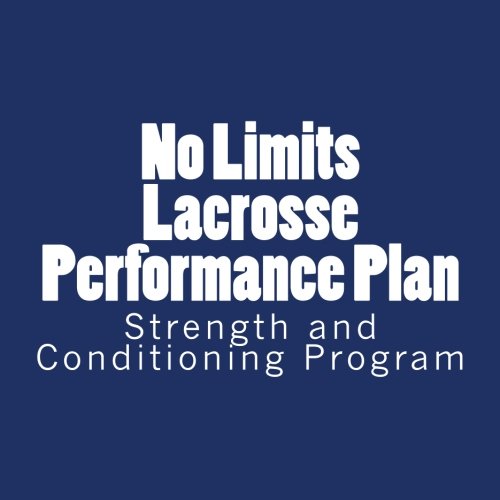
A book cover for No Limits Lacrosse Performance Plan: Year Round Strength and Conditioning Program; Parker Self; Sports & Outdoors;